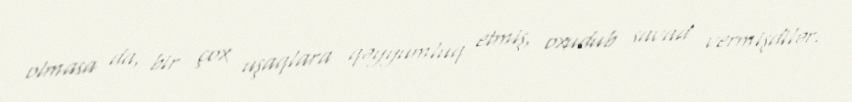
olmasa da, bir çox uşaqlara qəyyumluq etmiş, oxudub savad vermişdilər.